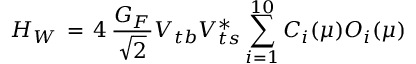
H _ { W } \, = \, 4 \, { \frac { G _ { F } } { \sqrt { 2 } } } V _ { t b } V _ { t s } ^ { * } \sum _ { i = 1 } ^ { 1 0 } C _ { i } ( \mu ) O _ { i } ( \mu )